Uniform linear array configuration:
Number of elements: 24
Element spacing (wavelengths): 0.75
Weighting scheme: binomial
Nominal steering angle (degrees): -30
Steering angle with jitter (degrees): -31.955
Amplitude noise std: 0.05
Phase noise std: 0.05

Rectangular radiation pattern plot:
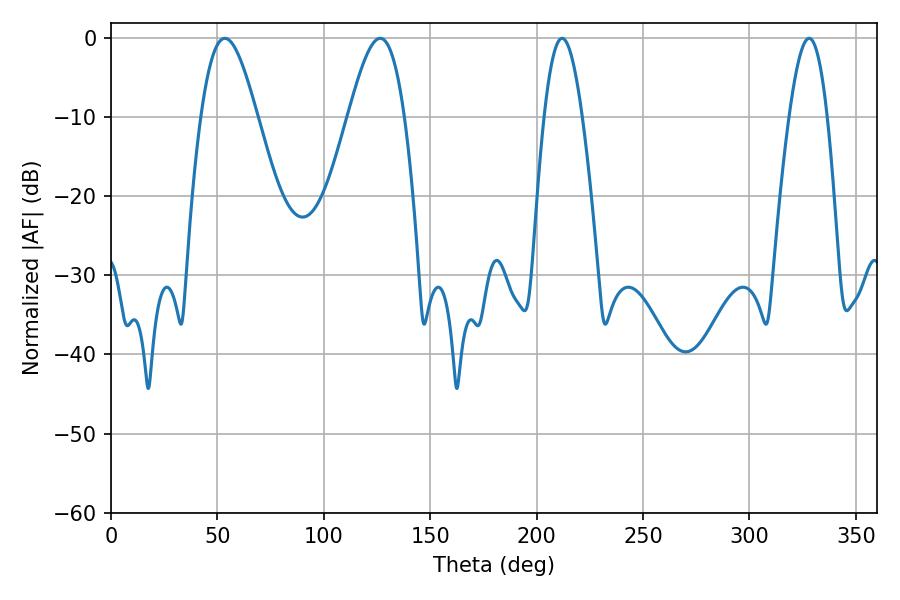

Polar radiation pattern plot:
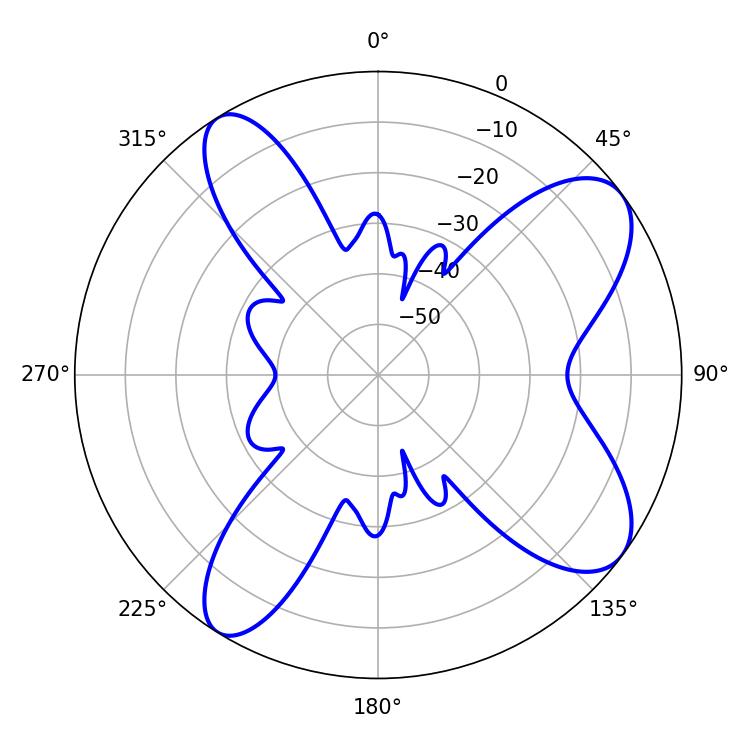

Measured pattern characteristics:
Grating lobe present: TRUE
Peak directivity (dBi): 9.073
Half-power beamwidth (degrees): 14.22
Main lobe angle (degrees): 53.46